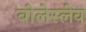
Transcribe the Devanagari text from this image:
बोलेस्लेव